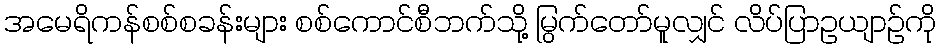
အမေရိကန်စစ်စခန်းများ စစ်ကောင်စီဘက်သို့ မြွက်တော်မူလျှင် လိပ်ပြာဥယျာဉ်ကို